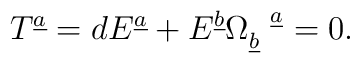
T^{\underline a}=dE^{\underline a}+E^{\underline b}\Omega^{~~\underline a}_{\underline b}=0.